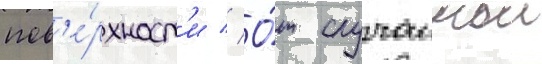
пов'е́рхност'и // О́т случаинои